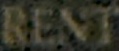
RENT